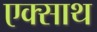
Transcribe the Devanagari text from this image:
एक्साथ